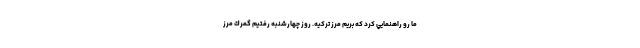
ما رو راهنمايي كرد كه بريم مرز تركيه. روز چهارشنبه رفتيم گمرك مرز